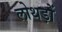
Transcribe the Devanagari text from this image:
लोथड़ों